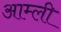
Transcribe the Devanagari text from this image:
आम्ली